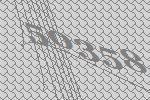
50358